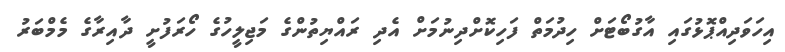
އިހަވަދިއްޕޮޅުގައި އާގުބޯޓަށް ހިދުމަތް ފަހިކޮށްދިނުމަށް އެދި ރައްޔިތުންގެ މަޖިލީހުގެ ހޯރަފުށީ ދާއިރާގެ މެމްބަރު